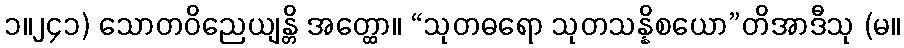
၁။၂၄၁) သောတဝိညေယျန္တိ အတ္ထော။ “သုတဓရော သုတသန္နိစယော”တိအာဒီသု (မ။